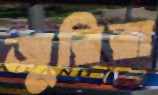
জুরিরা